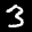
Label: 3